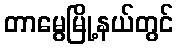
တာမွေမြို့နယ်တွင်